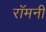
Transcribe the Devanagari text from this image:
रॉमनी